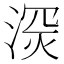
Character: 𱧑